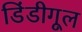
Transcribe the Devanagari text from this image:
डिंडीगूल